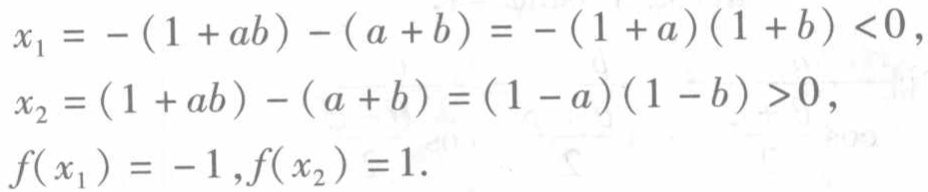
\[
\begin{align*}
x_1&=-(1 + ab)-(a + b)=-(1 + a)(1 + b)<0,\\
x_2&=(1 + ab)-(a + b)=(1 - a)(1 - b)>0,\\
f(x_1)&=-1,f(x_2)=1.
\end{align*}
\]